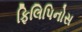
ફિલિપિનોસ